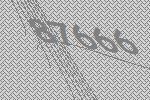
87666